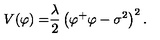
V { ( \varphi ) = } \frac { \lambda } { 2 } \left( \varphi ^ { + } \varphi - \sigma ^ { 2 } \right) ^ { 2 } .